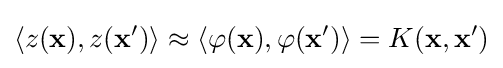
\langle z(\mathbf {x} ),z(\mathbf {x'} )\rangle \approx \langle \varphi (\mathbf {x} ),\varphi (\mathbf {x'} )\rangle =K(\mathbf {x} ,\mathbf {x'} )